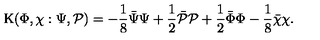
\mathrm { K } ( \Phi , \chi : \Psi , { \cal P } ) = - \frac 1 8 { \bar { \Psi } } { \Psi } + \frac 1 2 { \bar { \cal P } } { \cal P } + \frac 1 2 { \bar { \Phi } } { \Phi } - \frac 1 8 { \bar { \chi } } { \chi } .